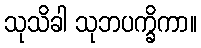
သုသိခါ သုဘပက္ခိကာ။